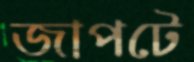
জাপটে